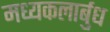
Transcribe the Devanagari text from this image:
मध्यकलार्बुध